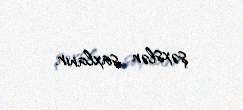
şəxslər saxlanır.